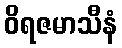
ဝိရဇမာသီနံ